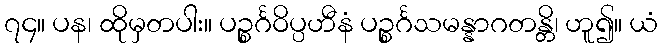
၇၄။ ပန၊ ထိုမှတပါး။ ပဉ္စင်္ဂဝိပ္ပဟီနံ ပဉ္စင်္ဂသမန္နာဂတန္တိ၊ ဟူ၍။ ယံ